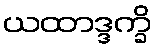
ယထာဒ္ဒက္ခိ